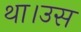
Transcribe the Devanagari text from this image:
था।उस